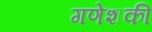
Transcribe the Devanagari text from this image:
गणेशकी